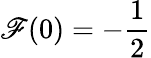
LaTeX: \mathscr{F}(0)=-\frac{{1}}{{2}}